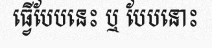
ធ្វើបែបនេះ ឬ បែបនោះ